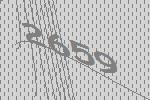
2659